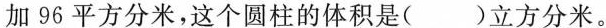
加96平方分米，这个圆柱的体积是()立方分米。